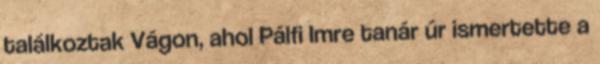
találkoztak Vágon, ahol Pálfi Imre tanár úr ismertette a